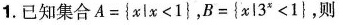
1.已知集合$$A = { x l x < 1 }$$,$$B = { x | 3 x < 1 }$$,则